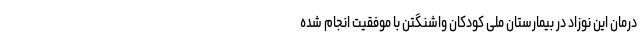
درمان این نوزاد در بیمارستان ملی کودکان واشنگتن با موفقیت انجام شده